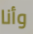
وأنا